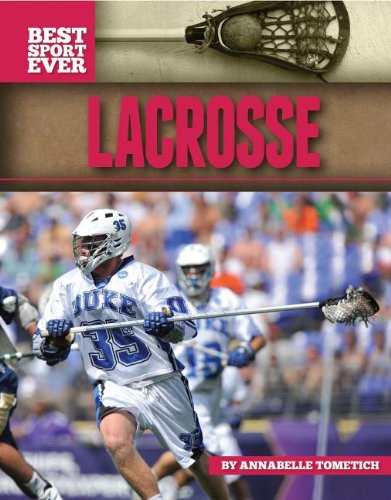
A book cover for Lacrosse (Best Sport Ever); Annabelle Tometich; Children's Books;